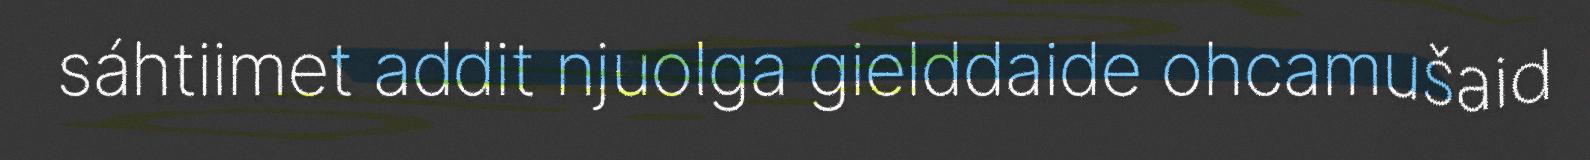
sáhtiimet addit njuolga gielddaide ohcamušaid